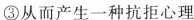
③从而产生一种抗拒心理